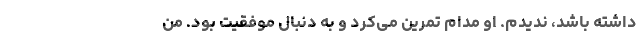
داشته باشد، ندیدم. او مدام تمرین می‌کرد و به دنبال موفقیت بود. من